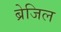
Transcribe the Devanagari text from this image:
ब्रेजिल